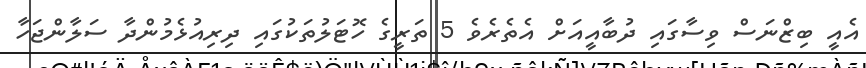
އެއީ ބިޒްނަސް ވިސާގައި ދުބާއީއަށް އެތެރެވެ 5 ތަރީގެ ހޮޓަލުތަކުގައި ދިރިއުޅެމުންދާ ސަލާންޖަހާ